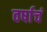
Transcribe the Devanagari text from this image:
वर्षाचं